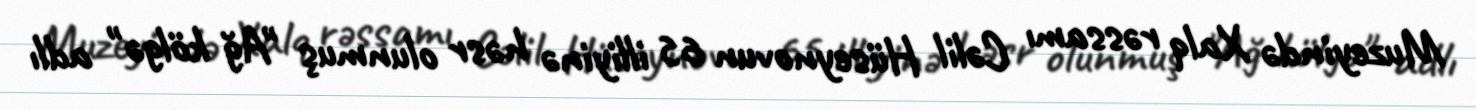
Muzeyində Xalq rəssamı Cəlil Hüseynovun 65 illiyinə həsr olunmuş "Ağ kölgə" adlı